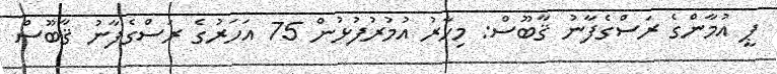
ޕީ އުމާންގެ ރަސްގެފާނު ޤާބޫސް: މިހާރު އުމުރުފުޅުން 75 އަހަރުގެ ރަސްގެފާނު ޤާބޫސް